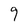
Character: 9